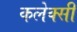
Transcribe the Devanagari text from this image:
कलेक्सी